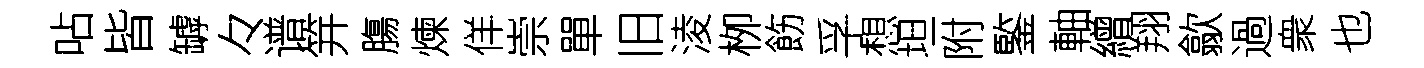
呫皆罅々谱笄膓煉佯崇單旧淩栁飭孚想坦附鍳軸繒翔歙過衆也